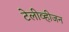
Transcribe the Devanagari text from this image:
टेलीव्हीजन